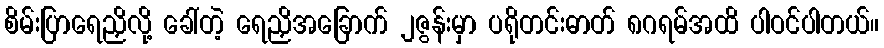
စိမ်းပြာရေညှိလို့ ခေါ်တဲ့ ရေညှိအခြောက် ၂ဇွန်းမှာ ပရိုတင်းဓာတ် ၈ဂရမ်အထိ ပါဝင်ပါတယ်။